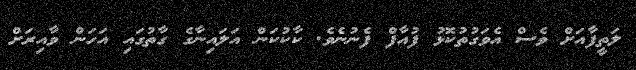
ލަތީފާއަށް ވެސް އެވަގުތުކޮޅު ފުއާފް ފެނުނެވެ. ކާކުކަން އަލައިނާގެ ގާތުގައި އަހަން ވާއިރަށް